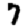
Digit: 7